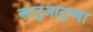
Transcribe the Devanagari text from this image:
व्हानुआतूच्या